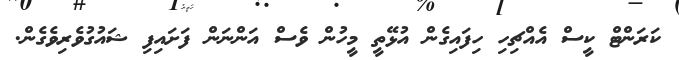
ކަރަންޓް ކީސް އެއްޗިހި ހިފައިގެން އުޅޭތީ މީހުން ވެސް އަންނަން ފަށައިފި ޝައުގުވެރިވެގެން.